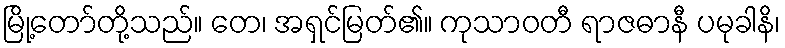
မြို့တော်တို့သည်။ တေ၊ အရှင်မြတ်၏။ ကုသာဝတီ ရာဇဓာနီ ပမုခါနိ၊